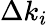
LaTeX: \Delta k_{i}